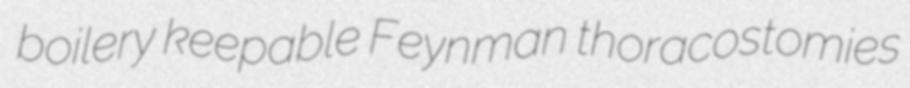
boilery keepable Feynman thoracostomies